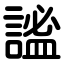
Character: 謐